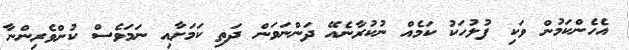
އެހެންކަމުން ވަކި ފުލުހަކު ކަމެއް ނުކުރާނެއޭ ދަންނަވަން ދަތި ކަމަށާއި ނަމަވެސް ކުށްވެރިންނާ